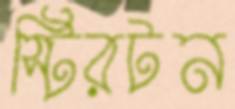
স্টিরটন